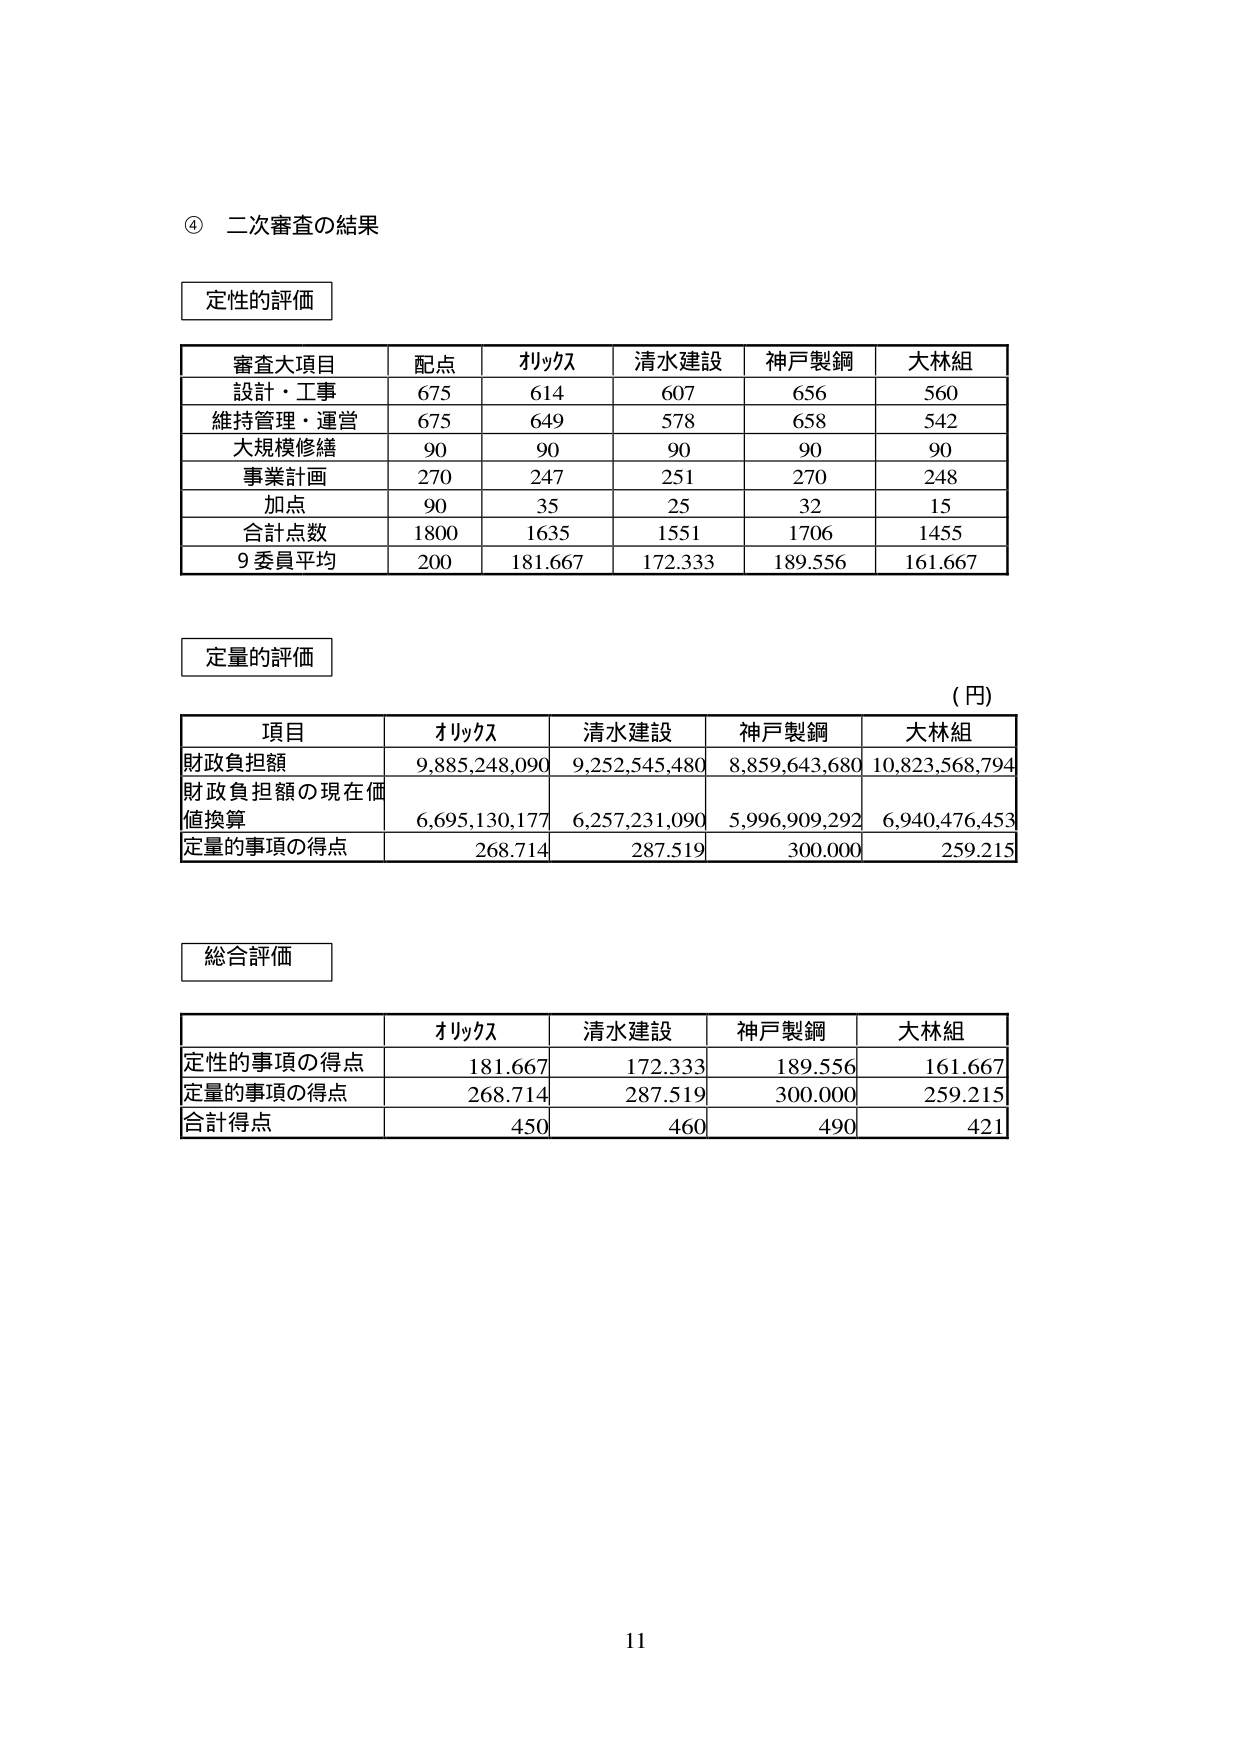
④ 二次審査の結果

定性的評価

審査大項目 配点 オリックス 清水建設 神戸製鋼 大林組
設計・工事 675 614 607 656 560
維持管理・運営 675 649 578 658 542
大規模修繕 90 90 90 90 90
事業計画 270 247 251 270 248
加点 90 35 25 32 15
合計点数 1800 1635 1551 1706 1455
9委員平均 200 181.667 172.333 189.556 161.667

定量的評価

(円)

項目 オリックス 清水建設 神戸製鋼 大林組
財政負担額 9,885,248,090 9,252,545,480 8,859,643,680 10,823,568,794
財政負担額の現在価値換算 6,695,130,177 6,257,231,090 5,996,909,292 6,940,476,453
定量的事項の得点 268.714 287.519 300.000 259.215

総合評価

オリックス 清水建設 神戸製鋼 大林組
定性的事項の得点 181.667 172.333 189.556 161.667
定量的事項の得点 268.714 287.519 300.000 259.215
合計得点 450 460 490 421

11